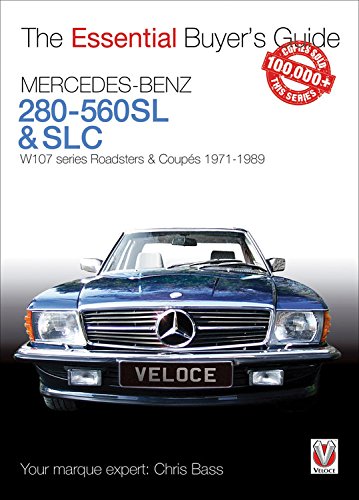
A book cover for Mercedes-Benz 280-560SL & SLC: W107 series Roadsters & Coupes 1971-1989 (The Essential Buyer's Guide); Chris Bass; Engineering & Transportation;